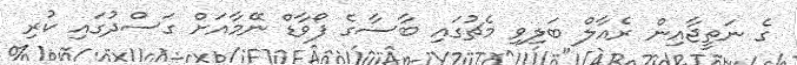
ގެ ނަތީޖާއިން ރެއާލް ބަލިވި މެޗުގައި ބާސާގެ ފޯވާޑް ނޭމާއަށް ގަސްދުގައި ކުރި